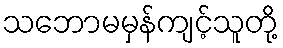
သဘောမမှန်ကျင့်သူတို့